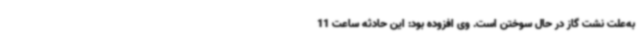
به‌علت نشت گاز در حال سوختن است. وی افزوده بود: این حادثه ساعت 11